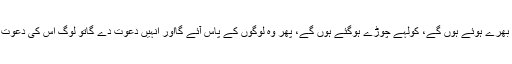
ان کے جانور جب ان کے پاس لوٹیں گے تو ان کے کوہان بڑھ چکے ہوں گے اور تھن خوب بھرے ہوئے ہوں گے، کولہے چوڑے ہوگئے ہوں گے، پھر وہ لوگوں کے پاس آئے گااور انہیں دعوت دے گاتو لوگ اس کی دعوت کو رد کردیں گے تو وہ ان کے پاس سے واپس لوٹ جائے گااور لوگ قحط زدہ ہوجائیں گے۔